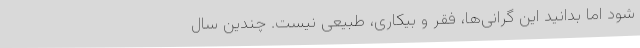
شود اما بدانید این گرانی‌ها، فقر و بیکاری، طبیعی نیست. چندین سال